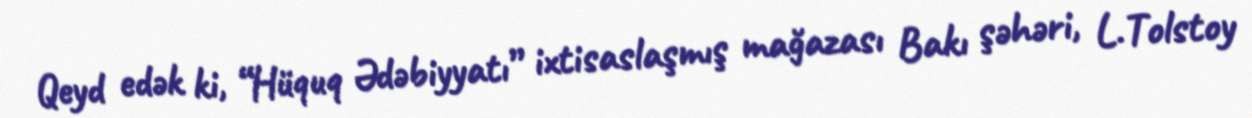
Qeyd edək ki, “Hüquq Ədəbiyyatı” ixtisaslaşmış mağazası Bakı şəhəri, L.Tolstoy